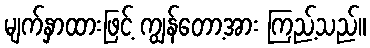
မျက်နှာထားဖြင့် ကျွန်တော့အား ကြည့်သည်။